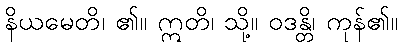
နိယမေတိ၊ ၏။ ဣတိ၊ သို့။ ဝဒန္တိ၊ ကုန်၏။